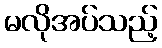
မလိုအပ်သည့်